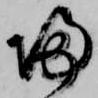
帰